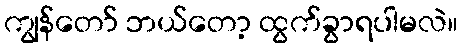
ကျွန်တော် ဘယ်တော့ ထွက်ခွာရပါမလဲ။